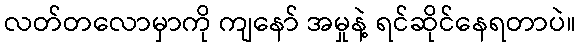
လတ်တလောမှာကို ကျနော် အမှုနဲ့ ရင်ဆိုင်နေရတာပဲ။